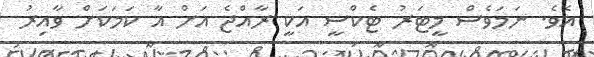
އެވެ. ނަމަވެސް މީޓަރު ޓެކްސީ އަކީ ރާއްޖެ އަށް އާ ކަމަކަށް ވާއިރު